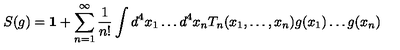
S ( g ) = \mathbf { 1 } + \sum _ { n = 1 } ^ { \infty } \frac { 1 } { n ! } \int d ^ { 4 } x _ { 1 } \ldots d ^ { 4 } x _ { n } T _ { n } ( x _ { 1 } , \ldots , x _ { n } ) g ( x _ { 1 } ) \ldots g ( x _ { n } )